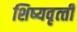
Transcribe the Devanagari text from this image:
शिष्‍यवृत्‍ती